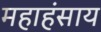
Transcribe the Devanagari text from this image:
महाहंसाय